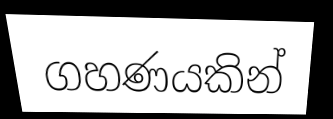
ගහණයකින්